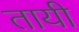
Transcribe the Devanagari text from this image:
तायी